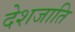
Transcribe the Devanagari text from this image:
देशजाति